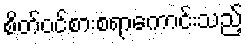
စိတ်ဝင်စားစရာကောင်းသည့်